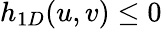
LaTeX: h_{1D}(u,v)\leq 0